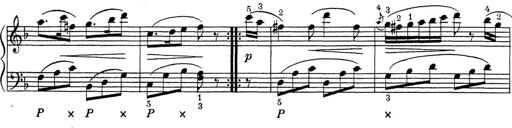
Title: ÄŒeskÃ© Sonatiny
Composer: Various